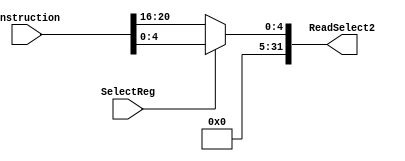
`timescale 1ns / 1ps

module Reg2Loc(SelectReg,instruction,ReadSelect2);

input SelectReg;
input [31:0]instruction;
output reg [31:0]ReadSelect2;

always@(SelectReg)
    begin
        if (SelectReg==0)
            ReadSelect2=instruction[20:16];
        else
            ReadSelect2=instruction[4:0];
    end

endmodule


//module Reg2Loc(instruction, RReg1, RReg2, WReg, Reg2Lock);

//    input [31:0] instruction;
//    input Reg2Lock ;
    
//    output reg [4:0] RReg1, RReg2, WReg;
       
//    always @(instruction, Reg2Lock)
//    begin
//        if ( Reg2Lock == 1)
//        begin
//            RReg1 = instruction[9:5];
//            RReg2 = instruction[4:0];
//            WReg = instruction[4:0];
//        end
        
//        else if ( Reg2Lock == 0)
//        begin
//            RReg1 = instruction[9:5];
//            RReg2 = instruction[20:16];
//            WReg = instruction[4:0];
//        end
//    end
//endmodule